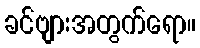
ခင်ဗျားအတွက်ရော။